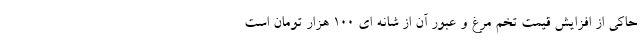
حاکی از افزایش قیمت تخم مرغ و عبور آن از شانه ای ۱۰۰ هزار تومان است